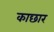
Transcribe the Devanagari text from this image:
काछार